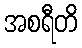
အစရီတိ